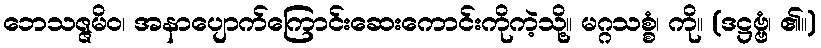
ဘေသဇ္ဇမိဝ၊ အနာပျောက်ကြောင်းဆေးကောင်းကိုကဲ့သို့။ မဂ္ဂသစ္စံ၊ ကို။ (ဒဋ္ဌဗ္ဗံ၊ ၏။)